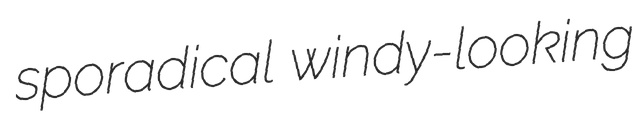
sporadical windy-looking